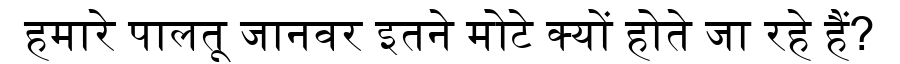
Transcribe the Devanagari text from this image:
हमारे पालतू जानवर इतने मोटे क्यों होते जा रहे हैं?